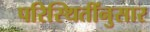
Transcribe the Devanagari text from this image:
परिस्थितींनुसार